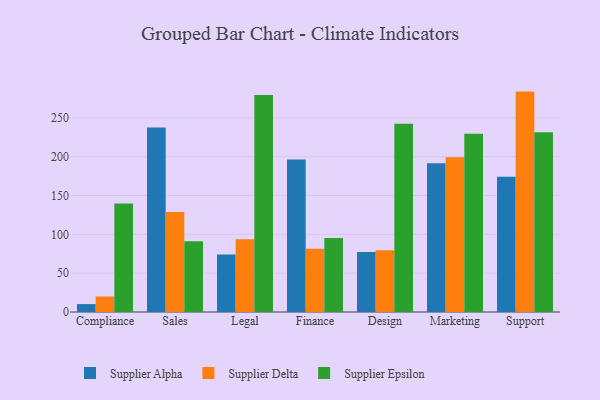
{"axis": {"x": "Department", "y": "Satisfaction Score"}, "legend": ["Supplier Alpha", "Supplier Delta", "Supplier Epsilon"], "data": [{"x": "Compliance", "y": 10.2, "type": "Supplier Alpha"}, {"x": "Compliance", "y": 20.0, "type": "Supplier Delta"}, {"x": "Compliance", "y": 139.8, "type": "Supplier Epsilon"}, {"x": "Sales", "y": 237.5, "type": "Supplier Alpha"}, {"x": "Sales", "y": 128.9, "type": "Supplier Delta"}, {"x": "Sales", "y": 91.0, "type": "Supplier Epsilon"}, {"x": "Legal", "y": 74.1, "type": "Supplier Alpha"}, {"x": "Legal", "y": 93.7, "type": "Supplier Delta"}, {"x": "Legal", "y": 279.4, "type": "Supplier Epsilon"}, {"x": "Finance", "y": 196.4, "type": "Supplier Alpha"}, {"x": "Finance", "y": 81.5, "type": "Supplier Delta"}, {"x": "Finance", "y": 95.2, "type": "Supplier Epsilon"}, {"x": "Design", "y": 77.1, "type": "Supplier Alpha"}, {"x": "Design", "y": 79.5, "type": "Supplier Delta"}, {"x": "Design", "y": 242.4, "type": "Supplier Epsilon"}, {"x": "Marketing", "y": 191.6, "type": "Supplier Alpha"}, {"x": "Marketing", "y": 199.4, "type": "Supplier Delta"}, {"x": "Marketing", "y": 229.6, "type": "Supplier Epsilon"}, {"x": "Support", "y": 174.3, "type": "Supplier Alpha"}, {"x": "Support", "y": 283.8, "type": "Supplier Delta"}, {"x": "Support", "y": 231.6, "type": "Supplier Epsilon"}]}